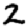
Digit: 2